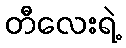
တီလေးရဲ့